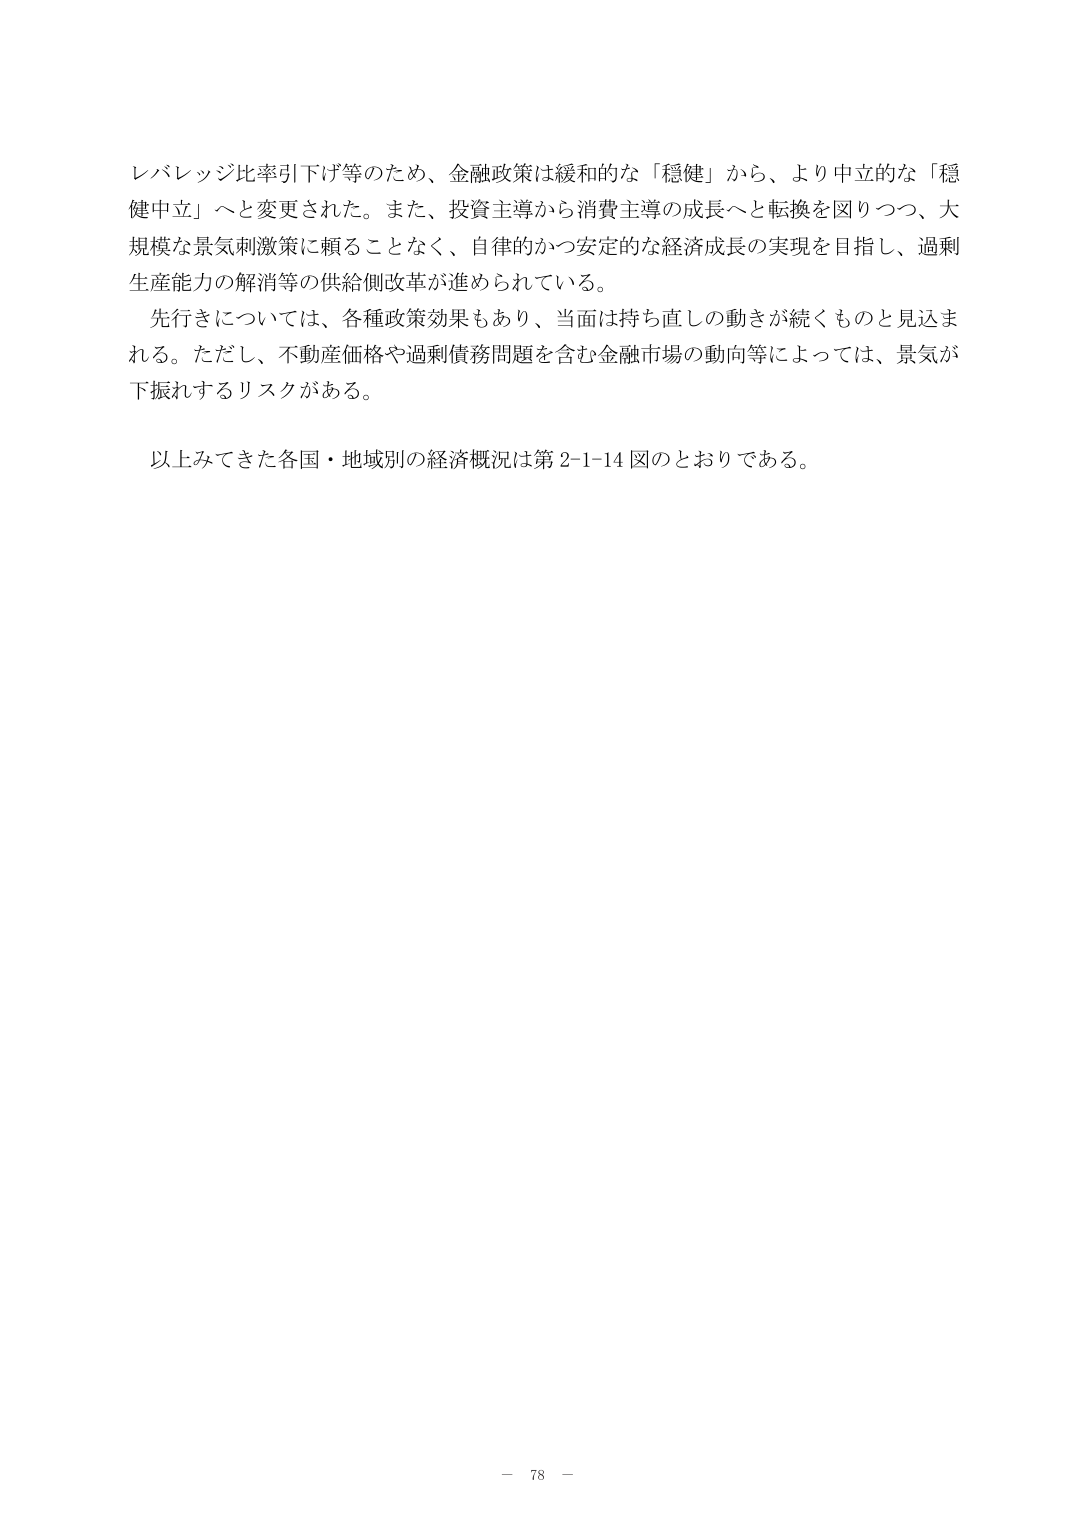
レバレッジ比率引下げ等のため、金融政策は緩和的な「穏健」から、より中立的な「穏健中立」へと変更された。また、投資主導から消費主導の成長へと転換を図りつつ、大規模な景気刺激策に頼ることなく、自律的かつ安定的な経済成長の実現を目指し、過剰生産能力の解消等の供給側改革が進められている。

先行きについては、各種政策効果もあり、当面は持ち直しの動きが続くものと見込まれる。ただし、不動産価格や過剰債務問題を含む金融市場の動向等によっては、景気が下振れするリスクがある。

以上みてきた各国・地域別の経済概況は第2-1-14図のとおりである。

－ 78 －